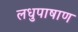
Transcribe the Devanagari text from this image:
लधुपाषाण